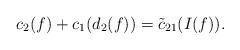
LaTeX: \begin{align*} &c_2(f)+c_1(d_{2}(f))=\tilde{c}_{21}(I(f)).\end{align*}